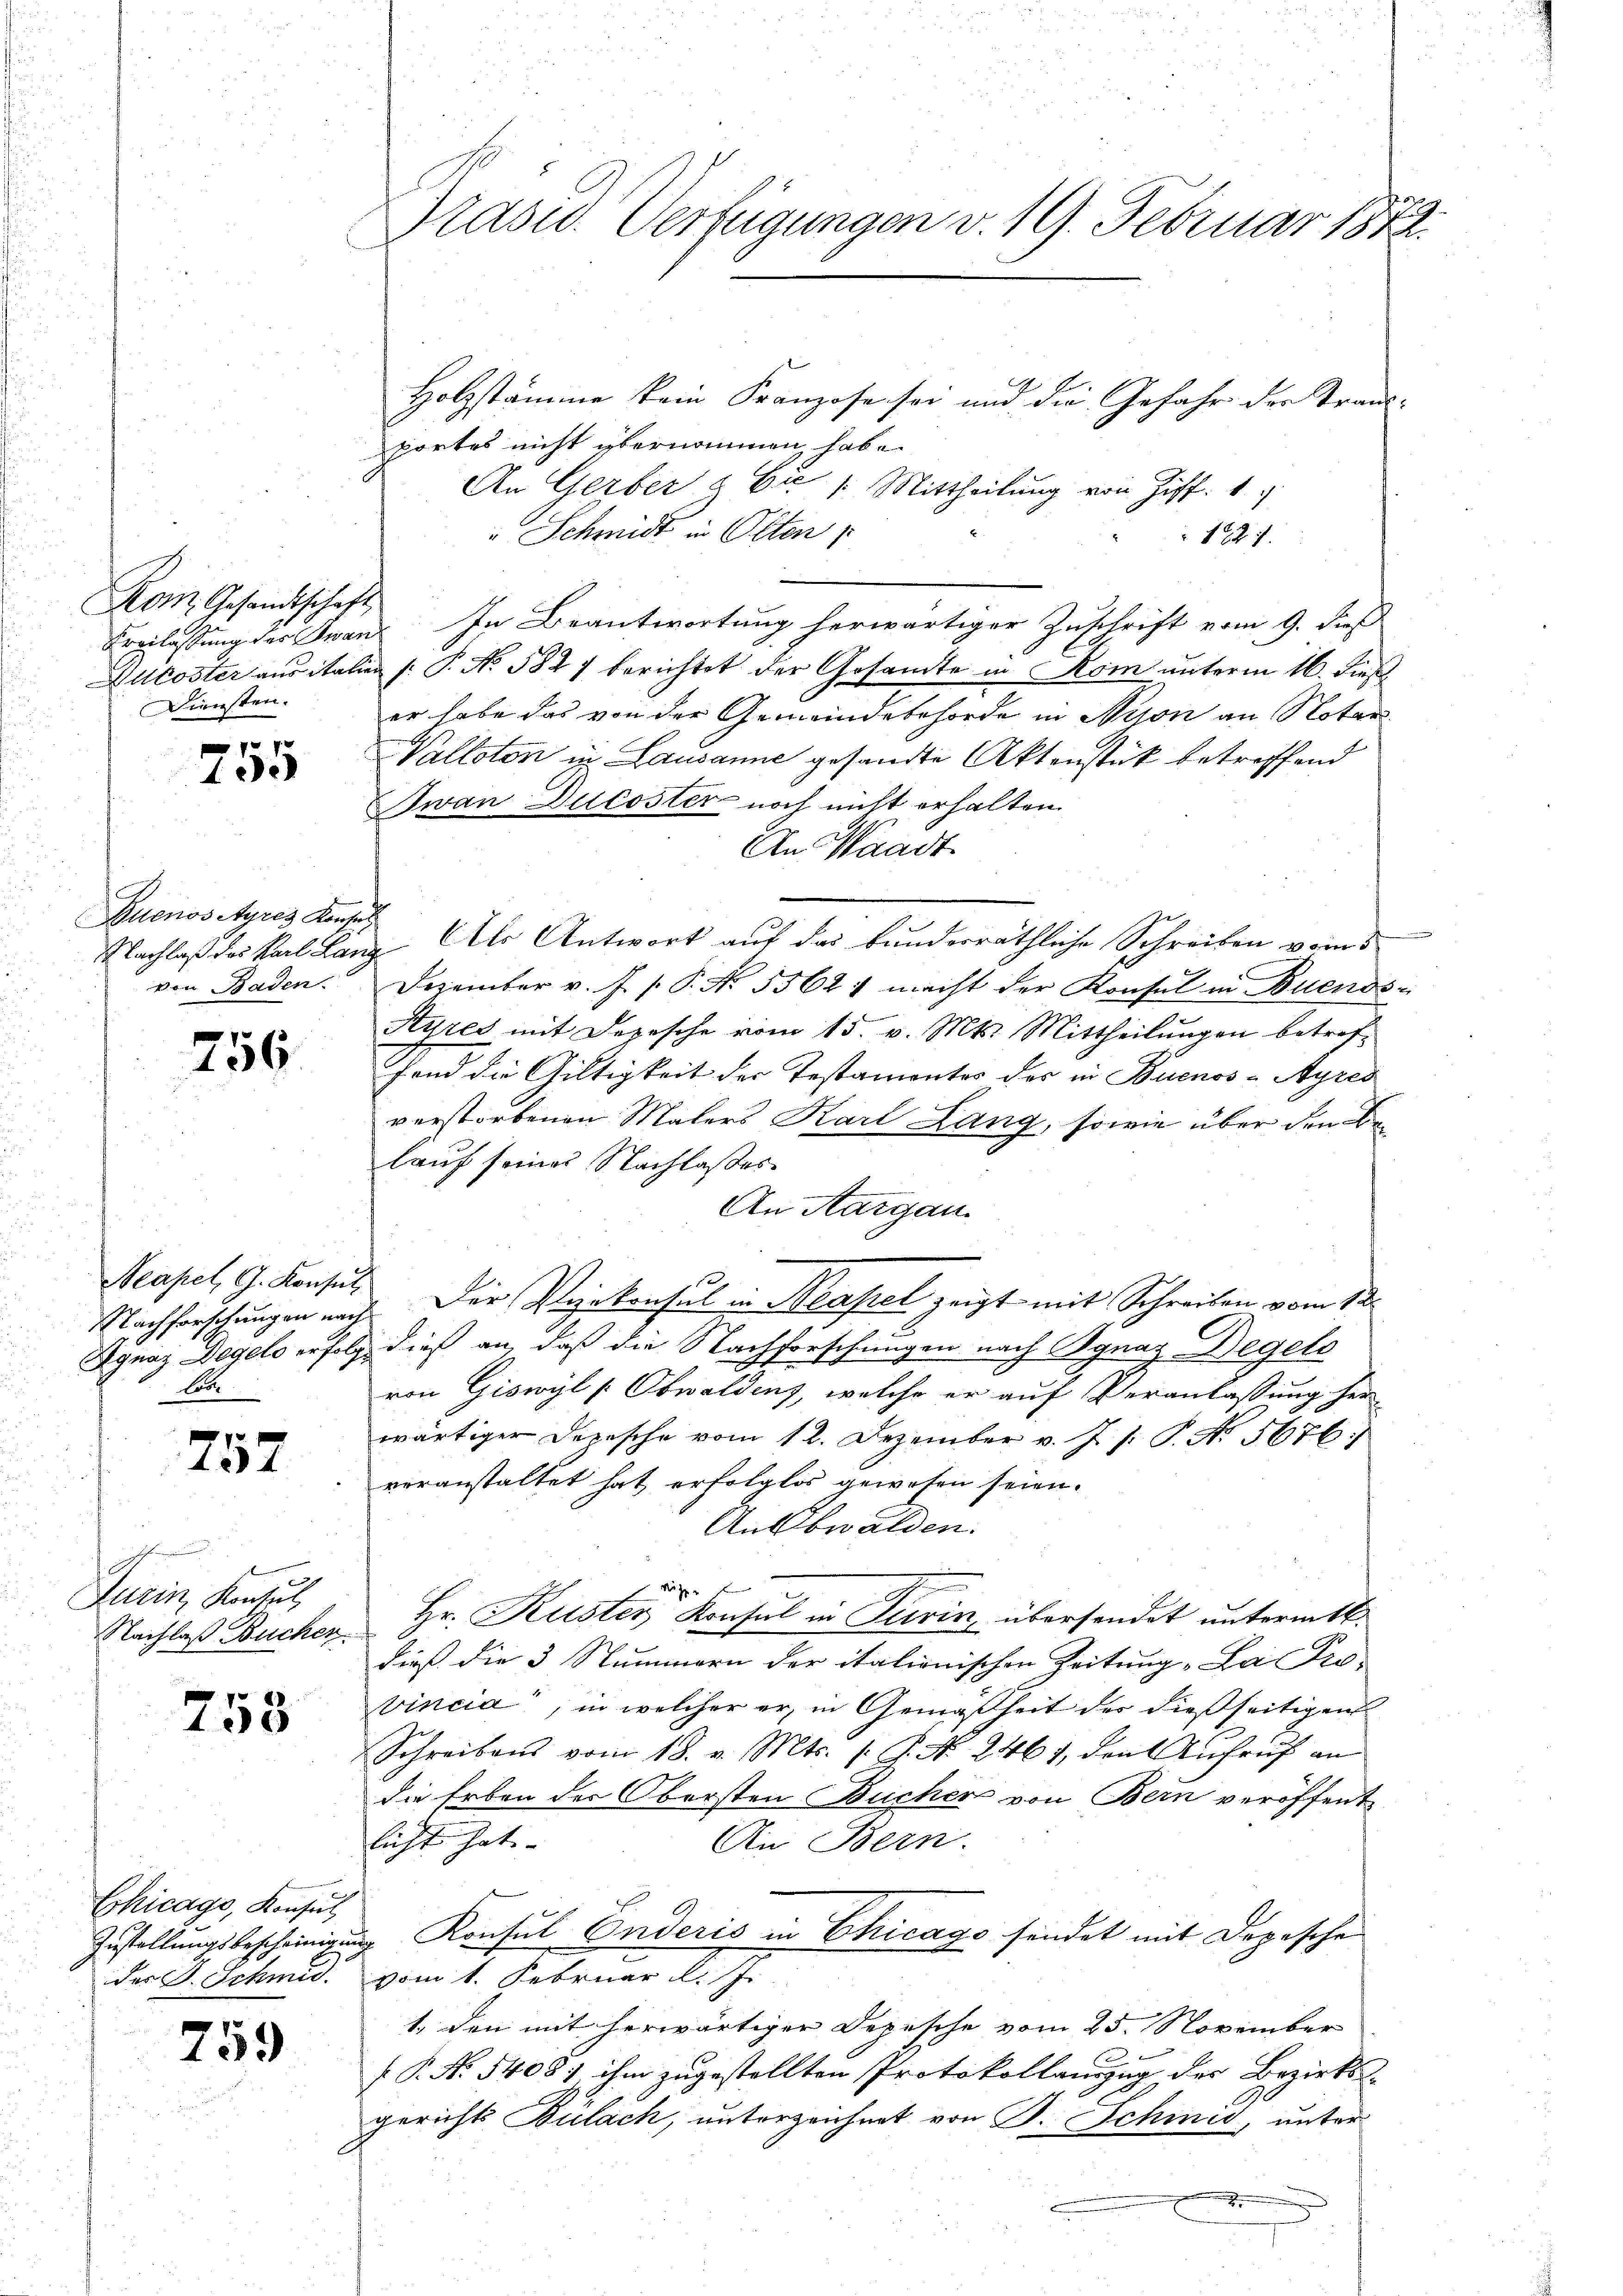
Kom Gesandtschaft
Diensten.

p
105

Buenos Ayres Konsul
von Baden

756

Nachforschungen nach
Cod

7
124

c
Turin, Kontul,
Nachlaß Buchen.

758

Chicage, Konsul
der J. Schmid.

759

Holzstämme kein Franzose sei und die Gefahr der Strausportes nicht übernommen habe.
An Gerber & Er /: Mittheilung von Ziff. 1
Schmidt in Olten
1827.
Ereilassung der Jwan. In Beantwortung herwärtiger Zuschrift vom 9. dieß
Wilkoster aus italien (: P. No. 582) berichtet der Gesamte in Rom unterm 16. dieß
er habe das von der Gemeindebehörde in Miton an Notar
Valloten in Lausanne gesandte Aktenstük betreffend
Iwan Ducoster noch nicht erhalten.
An Waadt
Nachlaß des Karl Lanz Als Antwort auf das bunderräthliche Schreiben vom 5
Dezember v. J. P.P. Nr. 5562) macht der Konsul in Buenos-
Syres mit Depesche vom 15. v. Mts. Mittheilungen betreffond die Gültigkeit der Testamentes der in Buenos-Ayres
verstorbenen Malers Karl Lang, sowie über den Belauf seines Nachlasses.
An Aargau.
Neapel, G. Konsul Der Vizekonsul in Neapel zeigt mit Schreiben vom 12.
Agnaz Dogels erfolg dieß an, daß die Nachforschungen nach Ignaz Degels
von Giswyl [Obwaldens, welche er auf Veranlassung her
wärtiger Depesche vom 12. Dezember v. J. J. P. No. 5676.
voranstaltet hat erfolglos gewesen seien.
Ansbwalden.
Hr. Kuster Konsul in Turin übersendet untermitt
dieß die 3 Stummern der italionischen Zeitung „La Pro-
vincia“, in welcher er, in Gemäßheit der dießseitigen
Schreibens vom 18. v. Mts. /: P. Nr. 2461, den Aufruf an
die Erben der Obersten Büchers von Bern veröffent
licht hat.
An Bern.
Zustellungsbescheinigung Konsul Enderis in Chicago sindet mit Depesche
vom 1. Februar K. Fr.
1. den mit herwärtiger Depesche vom 25. November
(P. N. 5408. ihm zugestellten Protokollauszug der Bezirks-
gerichts Bulach, unterzeichnet von B. Schmid, unter

Präsid. Verfügungen v. 19. Februar 1872.